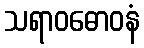
သရာဝဓောဝနံ